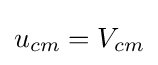
u_{cm}=V_{cm}